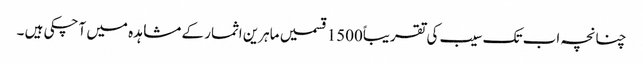
چنانچہ اب تک سیب کی تقریباً1500قسمیں ماہرین اثمار کے مشاہدہ میں آچکی ہیں ۔